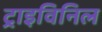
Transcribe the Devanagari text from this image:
ट्राइविनिल